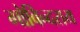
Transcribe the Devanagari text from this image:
गोविन्दराय